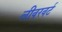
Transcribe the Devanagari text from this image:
लीवरवर्ट